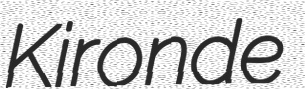
Kironde